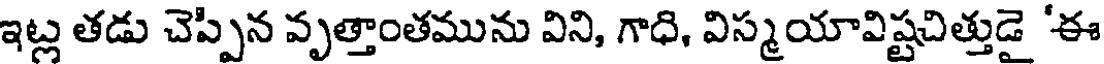
ఇట్ల తడు చెప్పిన వృత్తాంతమును విని, గాధి, విస్మయావిష్టచిత్తుడై 'ఈ